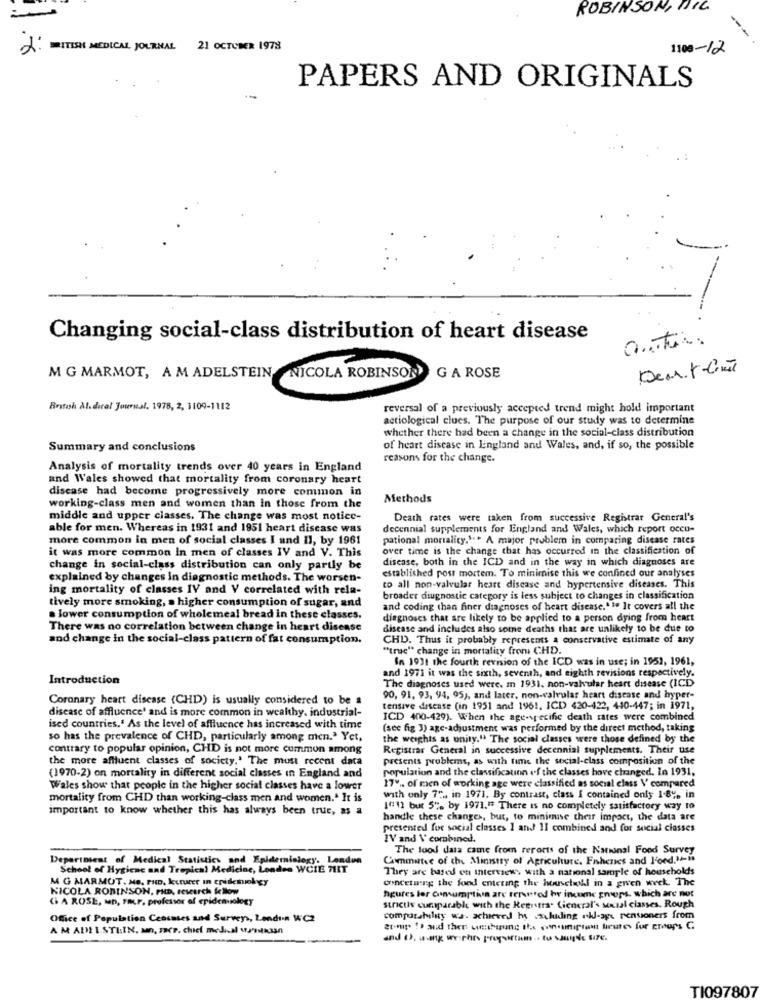
ROBINSON, ITIL
-
---
J. ITISIN MEDICAL JOURNAL 21 OCTOBER 1978
1100-12
PAPERS AND ORIGINALS
Changing social-class distribution of heart disease
antes.
G A ROSE
Deut-time
M G MARMOT, A M ADELSTEIN NICOLA ROBINSON
British Al. deral Journal, 1978, 2, 1109-1112
reversal of a previously accepted trend might hold important
actiological clues. The purpose of our study was to determine
whether there had been a change in the social-class distribution
Summary and conclusions
of heart disease in Lingland and Wales, and, if so, the possible
reasons for the change.
Analysis of mortality trends over 40 years in England
and Wales showed that mortality from coronary heart
disease had become progressively more common in
Methods
working-class men and women than in those from the
middle and upper classes. The change was most notice-
Death rates were taken from successive Registrar General's
able for men. Whereas in 1931 and 1951 heart disease was
decennial supplements for England and Wales, which report occu-
more common in men of social classes I and II, by 1961
pational mortality.". A major problem in comparing disease rates
it was more common In men of classes IV and V. This
over time is the change that has occurred in the classification of
disease, both in the ICD and in the way in which diagnoses are
change in social-class distribution can only partly be
established post mortem. To minimise this we confined our analyses
explained by changes in diagnostic methods. The worsen-
ing mortality of classes IV and V correlated with rela-
to all non-valvular heart disease and hypertensive diseases. This
tively more smoking, a higher consumption of sugar, and
broader diugnostic category is less subject to changes in classification
and coding than finer diagnoses of heart disease."1. It covers all the
. lower consumption of wholemeal bread in these classes.
diagnoses that are likely to be applied to a person dying from heart
There was no correlation between change in heart disease
disease and includes also some deaths that are unlikely to be due to
and change in the social-class pattern of fat consumption.
CHD. Thus it probably represents a conservative estimate of any
"true" change in mortality fromi CHD.
In 1931 the fourth revision of the ICD was in use; in 1951, 1961,
and 1971 it was the sixth, seventh, and eighth revisions respectively.
Introduction
The diagnoses used were. m 1931. non-valvular heart disease (ICD
Coronary heart disease (CHD) is usually considered to be a
90, 91. 93, 94, 95), and later, non-valvular heart disease and hyper-
disease of affluence' and is more common in wealthy, industrial-
tensive disease (in 1951 and 1961, ICD 420-422, 440-447; in 1971,
ICD 400-429). When the age-specific death rates were combined
ised countries." As the level of affluence has increased with time
(see fig 3) age-adjustment was performed by the direct method, taking
so has the prevalence of CHD, particularly among men.' Yet,
the weights as unity." The social classes were those defined by the
contrary to popular opinion, CHD is not more common among
Registrar General in successive decennial supplements. Their use
the more affluent classes of society.' The must recent data
presents problems, as with time the social-class composition of the
population and the classification of the classes have changed. In 1931,
(1970-2) on mortality in different social classes in England and
17" .. of men of working age were classified as social class \' compared
Wales show that people in the higher social classes have a lower
mortality from CHD than working-class men and women .. It is
with only 7" ,, in 1971. By contrast, class I contained only 1.8"- in
important to know whether this has always been true, as a
1011 but 5", by 1971." There is no completely satisfactory way to
handle these changes, but, to minimise their impact, the data are
presented for social classes 1 and 11 combined and for social classes
IV and \' combined.
The lood data came from reports of the National Food Survey
Department of Medical Statistics and Epidemiology. London
Committee of the Ministry of Agriculture. Fnhenes and l'ond.14-1
School of Hygiene and Tropical Medicine, Londen WCIE 7HT
They are based on interviews with a national sample of households
MG MARMUT, Me. Fun, kunurer in epidemiokey
Grincetarg the fond entering the househohl in a given week. The
NICOLA ROBINSON, PHD, research fellow
Gi A ROSE, MD, FALF. professor of epidemiology
figures lor Consumption are rersrod he income groups, which are not
strictly comparable with the Registra. Lieneral's Mussl classes. Rough
Office of Population Ceosmes and Surveys, London WC2
computability wa. achieved hy aluiding kl-ape Pensioners from
A M ADEISTLIN. un. scr. chief medical Myntkian
and (), wang weiches prepsiftam .. tu supde SITE.
TI097807